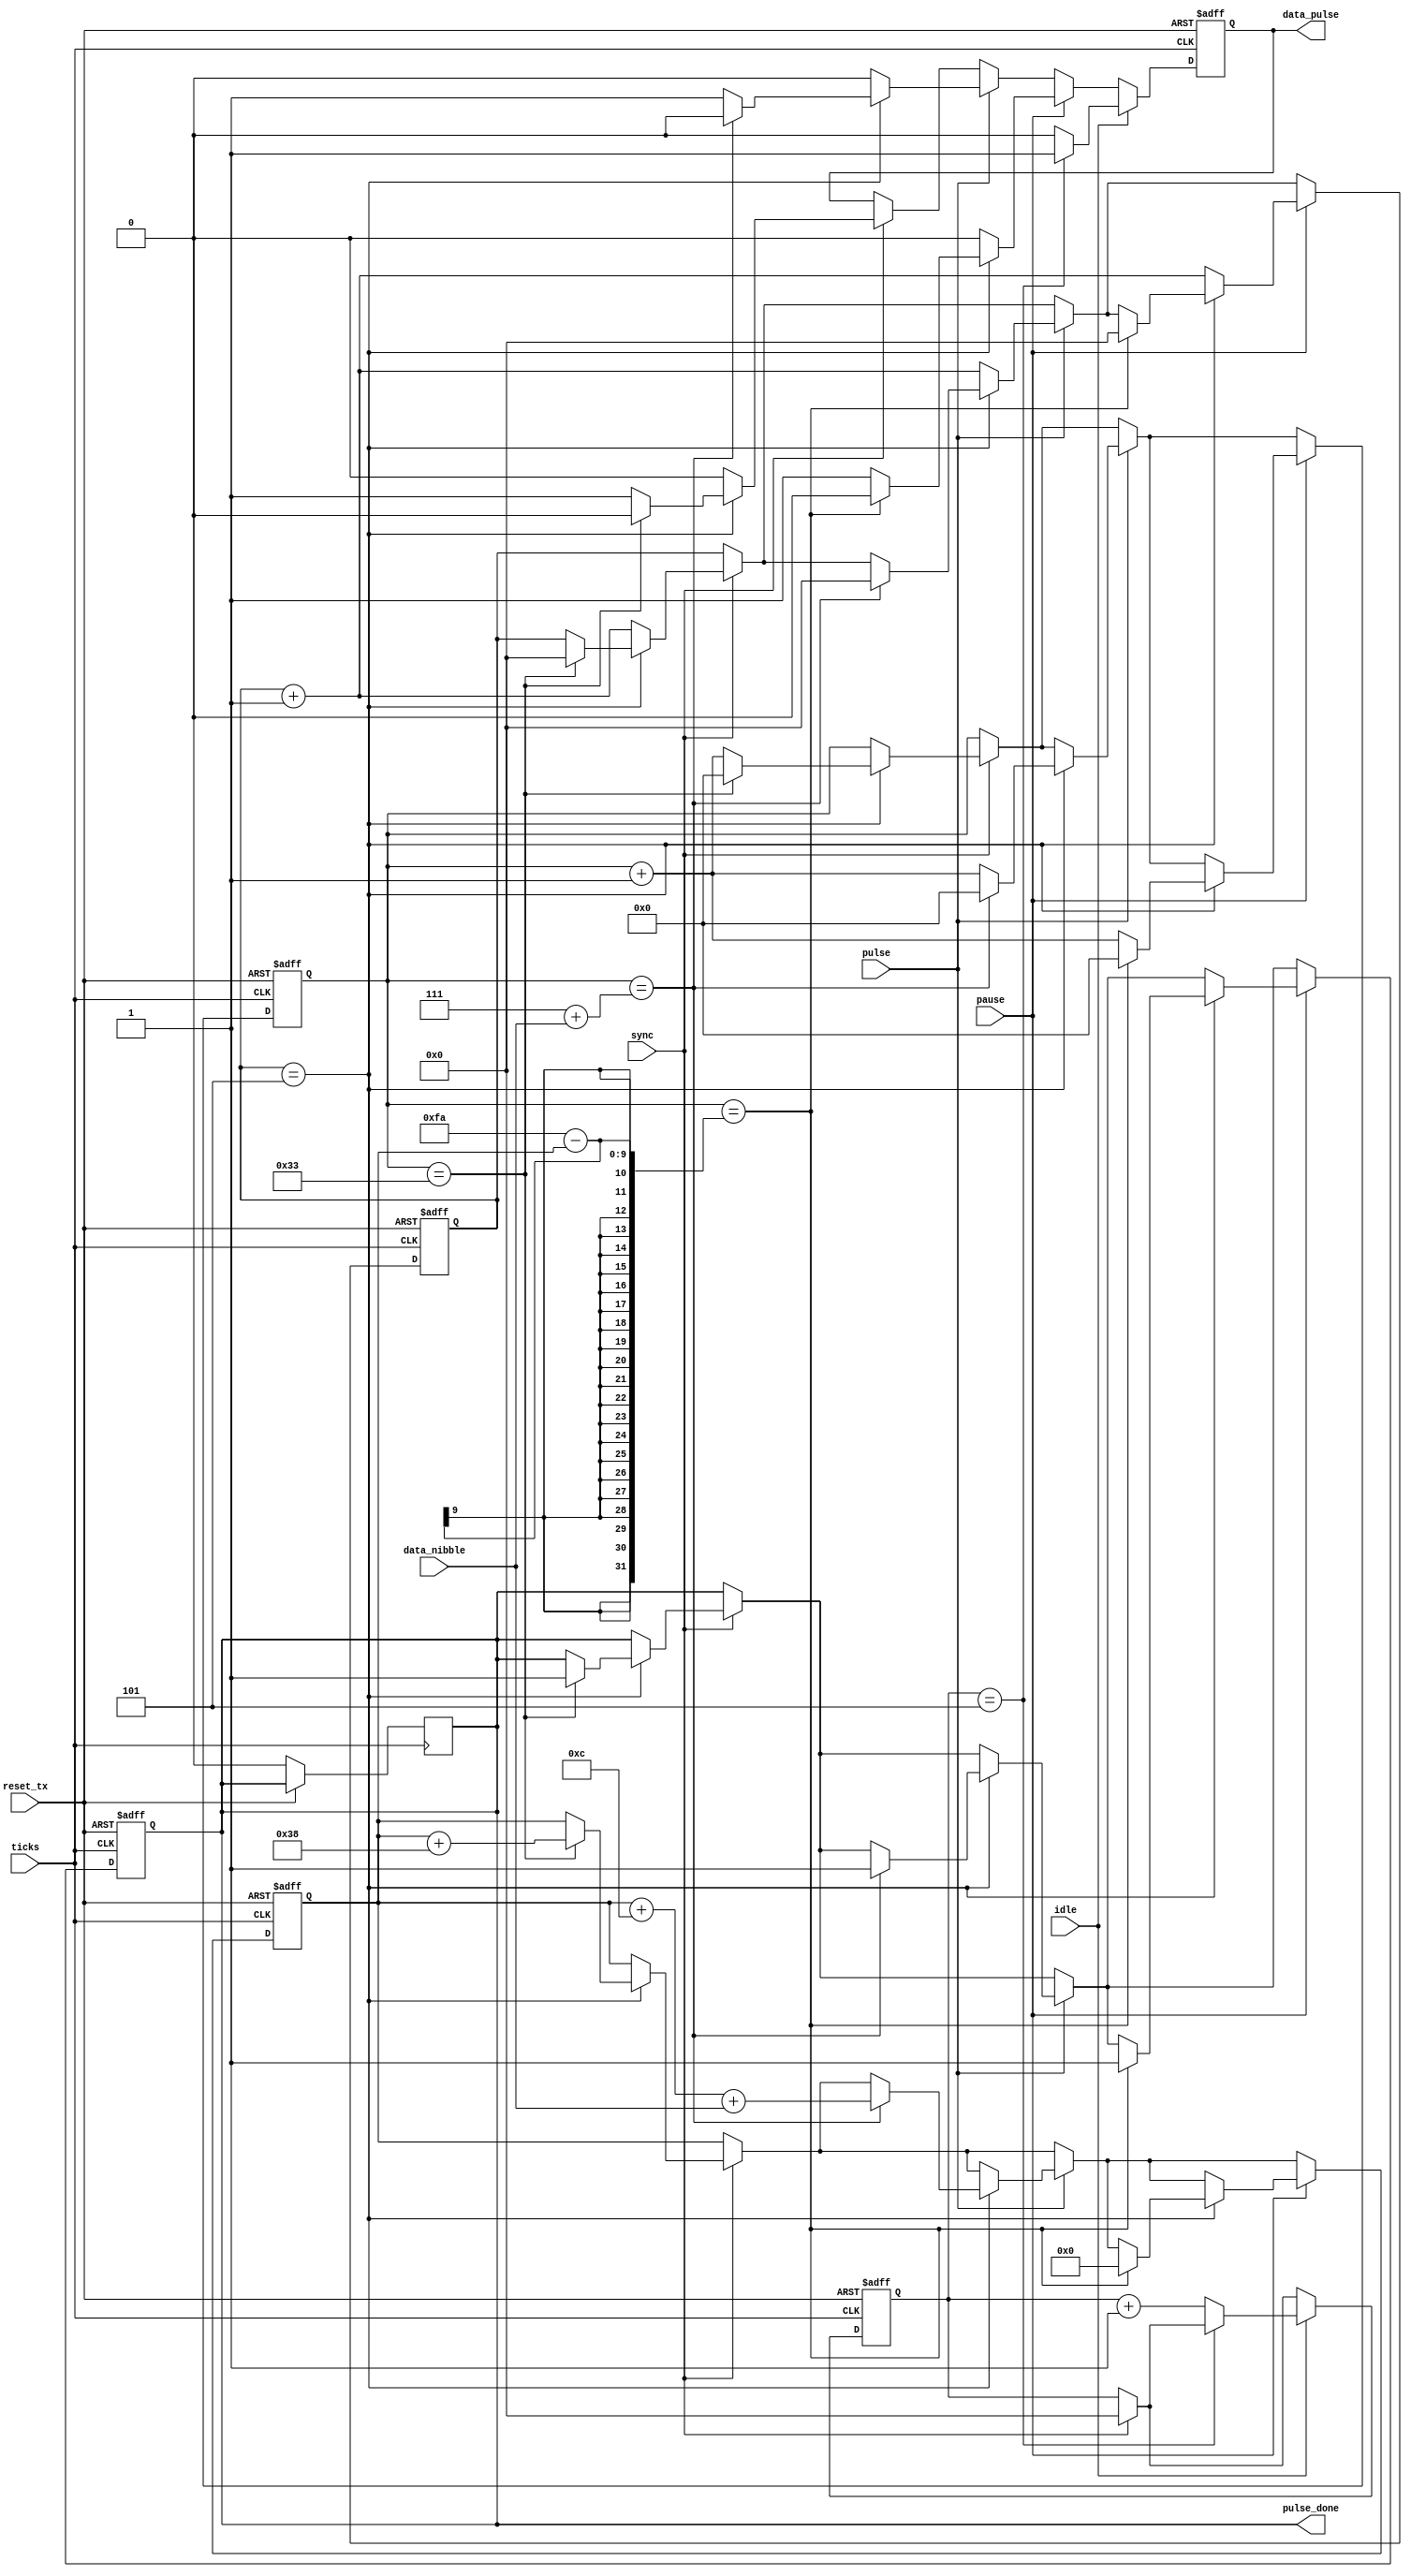
module sent_tx_pulse_gen(
	//clk and reset_tx
	input ticks,
	input reset_tx,

	//signals to control
	input [3:0] data_nibble,
	input pulse,
	input sync,
	input pause,
	input idle,
	output reg pulse_done,

	//output sent tx
	output reg data_pulse
	);

	reg [3:0] count_zero;
	reg [7:0] count_data;	
	reg [8:0] count_ticks;

	reg [3:0] count_zero_idle;

	always @(posedge ticks or posedge reset_tx) begin
		if(reset_tx) begin
			data_pulse <= 1;
			pulse_done <= 0;
			count_zero <= 0;
			count_data <= 0;
			count_ticks <= 0;
			count_zero_idle <= 0;
		end
		else begin
			if(sync) begin
				count_zero_idle <= 0;
				if(count_zero == 5) begin
					data_pulse <= 1;
					if(count_data == 51) begin
						data_pulse <= 0;
						count_data <= 0;
						count_zero <= 0;
						pulse_done <= 1;
						count_ticks <= count_ticks + 56;
					end
					else begin
						count_data <= count_data + 1;
					end
				end 
				else begin
					count_zero <= count_zero + 1;
					data_pulse <= 0;
				end
			end

			if(pulse) begin
				if(count_zero == 5) begin
					data_pulse <= 1;
					if(count_data == 7 + data_nibble) begin
						data_pulse <= 0;
						count_data <= 0;
						count_zero <= 0;
						pulse_done <= 1;
						count_ticks <= count_ticks + 12 + data_nibble;
					end
					else begin
						count_data <= count_data + 1;
					end
				end 
				else begin
					count_zero <= count_zero + 1;
					data_pulse <= 0;
				end
			end
			
			if(pause) begin
				if(count_zero == 5) begin
					data_pulse <= 1;
					if(count_data == 250 - count_ticks) begin
						data_pulse <= 0;
						count_data <= 0;
						count_zero <= 0;
						pulse_done <= 1;
						count_ticks <= 0;
					end
					else begin
						count_data <= count_data + 1;
					end
				end 
				else begin
					count_zero <= count_zero + 1;
					data_pulse <= 0;
				end
			end
			if(idle) begin
				if(count_zero_idle == 5) begin
					data_pulse <= 1;
				end 
				else begin
					count_zero_idle <= count_zero_idle + 1;
					data_pulse <= 0;
				end
			end
		end
	end	
	
	always @(negedge ticks or posedge reset_tx) begin
		if(reset_tx) begin

		end
		else begin
			if(pulse_done) pulse_done <= 0;
		end
	end
endmodule